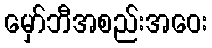
မှော်ဘီအစည်းအဝေး